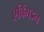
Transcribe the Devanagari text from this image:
एबिंगडन